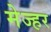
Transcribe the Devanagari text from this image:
मेज्हर